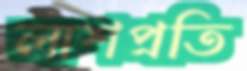
লাশপ্রতি